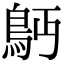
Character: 𩾳